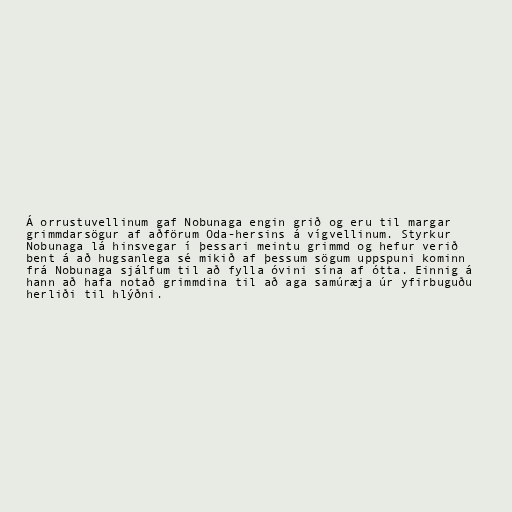
Á orrustuvellinum gaf Nobunaga engin grið og eru til margar
grimmdarsögur af aðförum Oda-hersins á vígvellinum. Styrkur
Nobunaga lá hinsvegar í þessari meintu grimmd og hefur verið
bent á að hugsanlega sé mikið af þessum sögum uppspuni kominn
frá Nobunaga sjálfum til að fylla óvini sína af ótta. Einnig á
hann að hafa notað grimmdina til að aga samúræja úr yfirbuguðu
herliði til hlýðni.